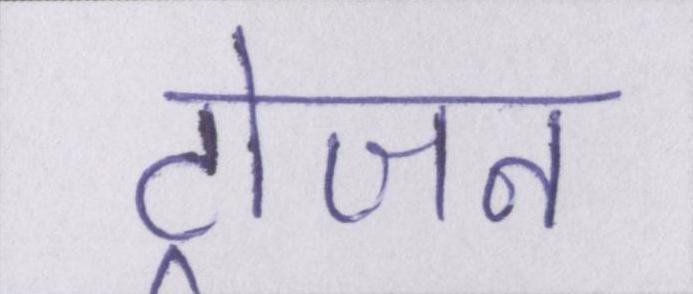
ट्रोजन